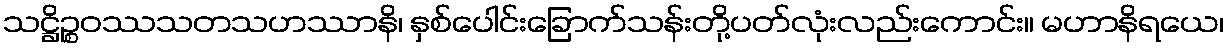
သဋ္ဌိဉ္စဝဿသတသဟဿာနိ၊ နှစ်ပေါင်းခြောက်သန်းတို့ပတ်လုံးလည်းကောင်း။ မဟာနိရယေ၊